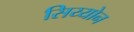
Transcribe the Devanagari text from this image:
सिय्योन